Note on the mental hospitals in Burma - 1925-1940
Year: 1925
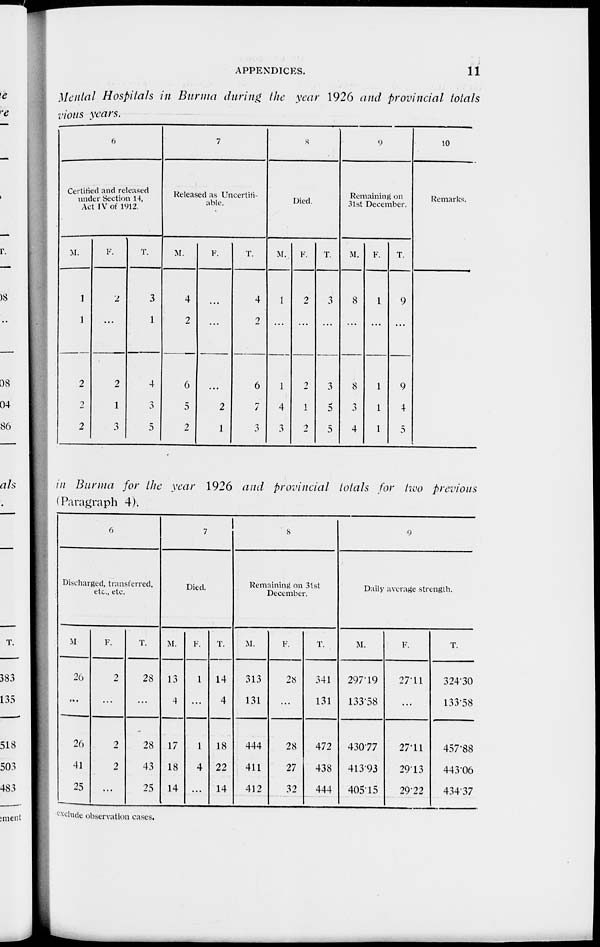
APPENDICES.
11
Mental Hospitals in Burma during the year 1926 and provincial totals
vious years.
6
Certified and released
under Section 14,
Act IV of 1912.
M.
1
1
2
2
2
F.
2
...
2
1
3
T.
3
1
4
3
5
7
Released as Uncertifi-
able.
M.
4
2
6
5
2
F.
...
...
...
2
1
T.
4
2
6
7
3
8
Died.
M.
1
...
1
4
3
F.
2
...
2
1
2
T.
3
...
3
5
5
9
Remaining on
31st December.
M.
8
...
8
3
4
F.
1
...
1
1
1
T.
9
...
9
4
5
10
Remarks.
in Burma for the year 1926 and provincial totals for two previous
(Paragraph 4).
6
Discharged, transferred,
etc., etc.
M
20
...
26
41
25
F.
2
...
2
2
...
T.
22
...
28
43
25
7
Died.
M.
13
4
17
18
14
F.
1
...
1
4
...
T.
14
4
18
22
14
8
Remaining on 31st
December.
M.
313
131
444
411
412
F.
28
...
28
27
32
T.
341
131
472
438
444
9
Daily average strength.
M.
297.19
133.58
430.77
413.93
405.15
F.
27.11
...
27.11
29.13
29.22
T.
324.30
133.58
457.88
443.06
434.37
exclude observation cases.